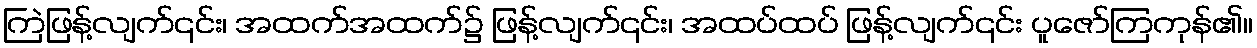
ကြဲဖြန့်လျက်၎င်း၊ အထက်အထက်၌ ဖြန့်လျက်၎င်း၊ အထပ်ထပ် ဖြန့်လျက်၎င်း ပူဇော်ကြကုန်၏။